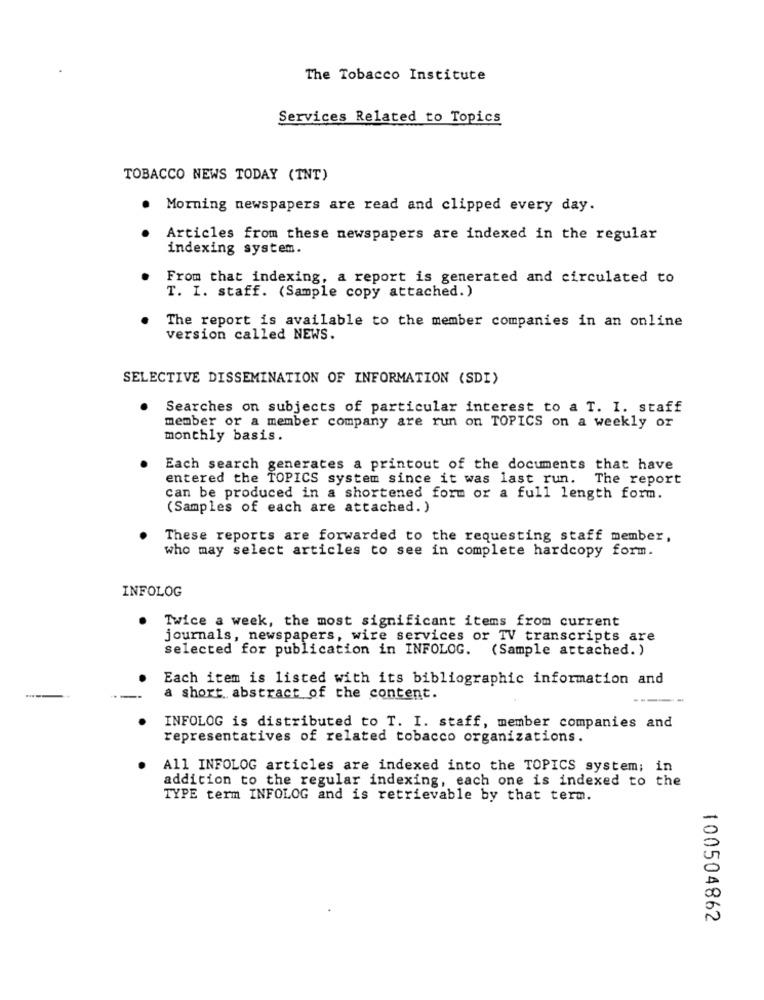
The Tobacco Institute
Services Related to Topics
TOBACCO NEWS TODAY (INT)
Morning newspapers are read and clipped every day.
Articles from these newspapers are indexed in the regular
indexing system.
From that indexing, a report is generated and circulated to
T. I. staff. (Sample copy attached.)
The report is available to the member companies in an online
version called NEWS
SELECTIVE DISSEMINATION OF INFORMATION (SDI)
Searches on subjects of particular interest to a T. I. staff
member or a member company are run on TOPICS on a weekly or
monthly basis.
Each search generates a printout of the documents that have
entered the TOPICS system since it was last run.
The report
can be produced in a shortened form or a full length form.
(Samples of each are attached. )
These reports are forwarded to the requesting staff member,
who may select articles to see in complete hardcopy form.
INFOLOG
Twice a week, the most significant items from current
journals, newspapers, wire services or TV transcripts are
selected for publication in INFOLOG. (Sample attached. )
Each item is listed with its bibliographic information and
a short. abstract of the content.
INFOLOG is distributed to T. I. staff, member companies and
representatives of related tobacco organizations.
All INFOLOG articles are indexed into the TOPICS system; in
addition to the regular indexing, each one is indexed to the
TYPE term INFOLOG and is retrievable by that term.
100504862